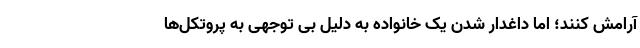
آرامش کنند؛ اما داغدار شدن یک خانواده به دلیل بی توجهی به پروتکل‌ها